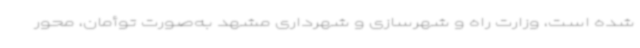
شده است، وزارت راه و شهرسازی و شهرداری مشهد به‌صورت توأمان، محور